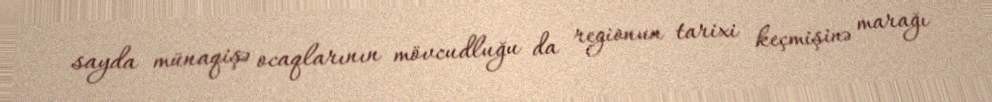
sayda münaqişə ocaqlarının mövcudluğu da regionun tarixi keçmişinə marağı